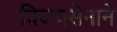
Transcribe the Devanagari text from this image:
विजयसेनाने